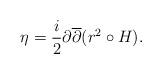
LaTeX: \begin{align*} \eta =\frac{ i}{2} \partial \overline{\partial} (r^2 \circ H) .\end{align*}